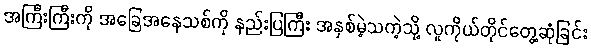
အကြီးကြီးကို အခြေအနေသစ်ကို နည်းပြကြီး အနှစ်မဲ့သကဲ့သို့ လူကိုယ်တိုင်တွေ့ဆုံခြင်း